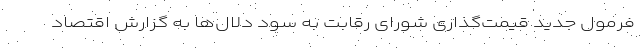
فرمول جدید قیمت‌گذاری شورای رقابت به سود دلال‌ها به گزارش اقتصاد